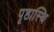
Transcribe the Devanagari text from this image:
पृष्ठास्थि